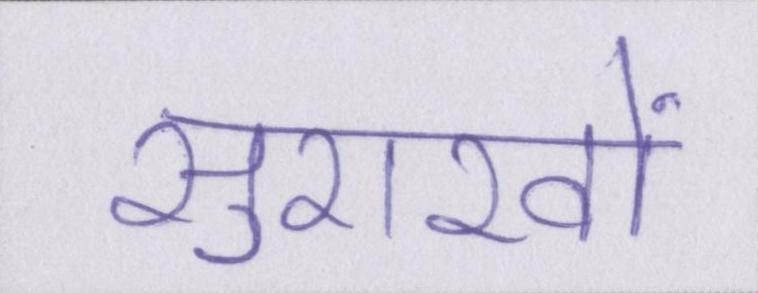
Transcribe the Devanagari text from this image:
सुराखों